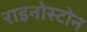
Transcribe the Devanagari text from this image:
राइनोस्टोन